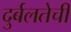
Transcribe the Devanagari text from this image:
दुर्बलतेची